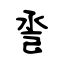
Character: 巹